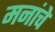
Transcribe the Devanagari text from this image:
मनांचे